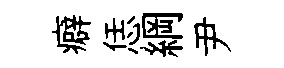
癖恁綱尹